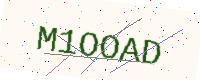
Text: M1OOAD